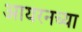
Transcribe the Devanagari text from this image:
आयरनच्या